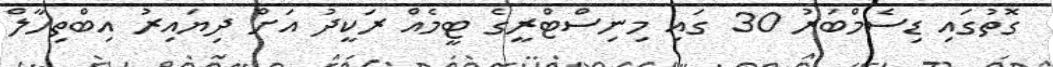
ގޮތުގައި ޑިސެމްބަރު 30 ގައި މިނިސްޓްރީގެ ޓީމެއް ރަކީދު އަށް ދިޔައިރު އިބްތިހާލް